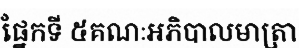
ផ្នែកទី ៥គណៈអភិបាលមាត្រា